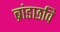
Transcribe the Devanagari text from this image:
ब्रांडछवि